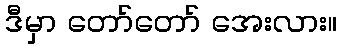
ဒီမှာ တော်တော် အေးလား။